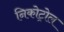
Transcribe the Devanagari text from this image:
निकोट्रोल